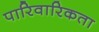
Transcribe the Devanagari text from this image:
पारिवारिकता